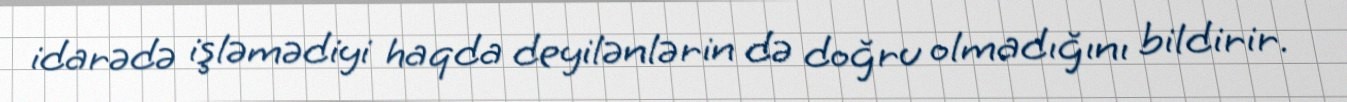
idarədə işləmədiyi haqda deyilənlərin də doğru olmadığını bildirir.